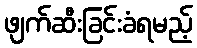
ဖျက်ဆီးခြင်းခံရမည့်